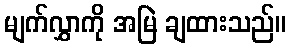
မျက်လွှာကို အမြဲ ချထားသည်။